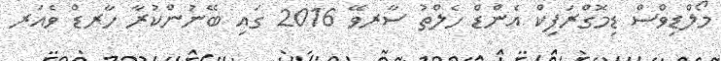
މޯލްޑިވްސް ޑިމޮގްރަފިކް އެންޑް ހެލްތު ސާރވޭ 2016 ގައި ބޭނުންކުރާ ހާރޑް ވެއަރ